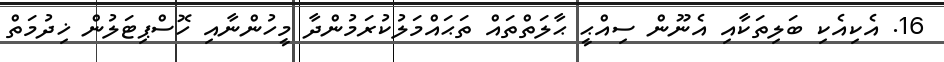
16. އެކިއެކި ބަލިތަކާއި އެނޫން ސިއްޙީ ޙާލަތްތައް ތަޙައްމަލުކުރަމުންދާ މީހުންނާއި ހޮސްޕިޓަލުން ޚިދުމަތް